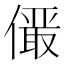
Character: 𪝫